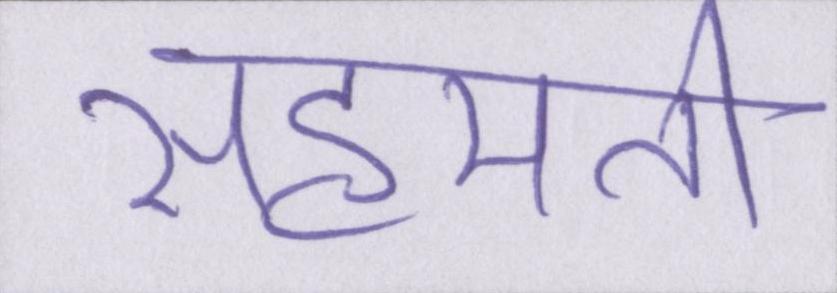
सहमति